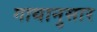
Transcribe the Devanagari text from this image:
गाथानुसार